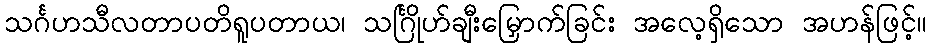
သင်္ဂဟသီလတာပတိရူပတာယ၊ သင်္ဂြိုဟ်ချီးမြှောက်ခြင်း အလေ့ရှိသော အဟန်ဖြင့်။